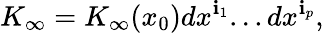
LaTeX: K_{\infty}=K_{\infty}(x_{0})dx^{\mathbf{i}_{1}}...dx^{\mathbf{i}_{p}},